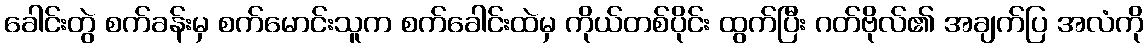
ခေါင်းတွဲ စက်ခန်းမှ စက်မောင်းသူက စက်ခေါင်းထဲမှ ကိုယ်တစ်ပိုင်း ထွက်ပြီး ဂတ်ဗိုလ်၏ အချက်ပြ အလံကို